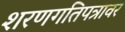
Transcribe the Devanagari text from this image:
शरणगतिपत्रावर